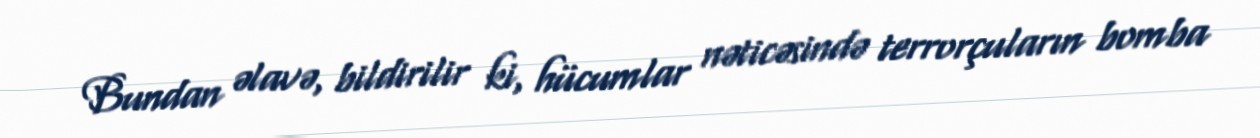
Bundan əlavə, bildirilir ki, hücumlar nəticəsində terrorçuların bomba